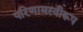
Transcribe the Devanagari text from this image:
परिणामस्वीरूप